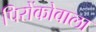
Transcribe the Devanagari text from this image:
पिरोंकोवाला